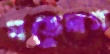
মডেলস